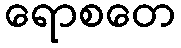
ရောစတေ